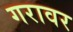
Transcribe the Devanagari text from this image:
गरावर